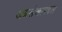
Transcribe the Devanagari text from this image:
अग्रलेखाबद्दल